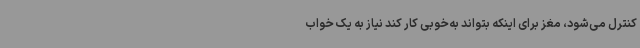
کنترل می‌شود، مغز برای اینکه بتواند به‌خوبی کار کند نیاز به یک خواب